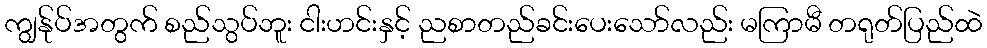
ကျွန်ုပ်အတွက် စည်သွပ်ဘူး ငါးဟင်းနှင့် ညစာတည်ခင်းပေးသော်လည်း မကြာမီ တရုတ်ပြည်ထဲ